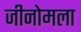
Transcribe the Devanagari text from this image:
जीनोमला